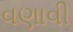
વણાવી